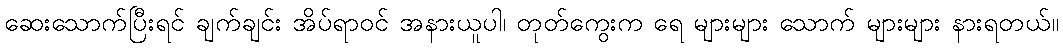
ဆေးသောက်ပြီးရင် ချက်ချင်း အိပ်ရာဝင် အနားယူပါ၊ တုတ်ကွေးက ရေ များများ သောက် များများ နားရတယ်။